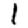
Digit: 1